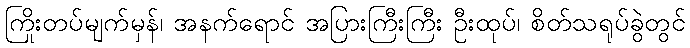
ကြိုးတပ်မျက်မှန်၊ အနက်ရောင် အပြားကြီးကြီး ဦးထုပ်၊ စိတ်သရုပ်ခွဲတွင်